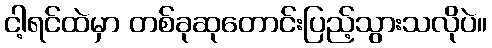
ငါ့ရင်ထဲမှာ တစ်ခုဆုတောင်းပြည့်သွားသလိုပဲ။